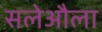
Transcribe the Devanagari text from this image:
सलेऔला